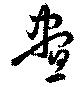
晝